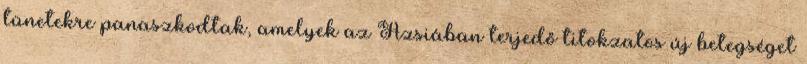
tünetekre panaszkodtak, amelyek az Ázsiában terjedő titokzatos új betegséget